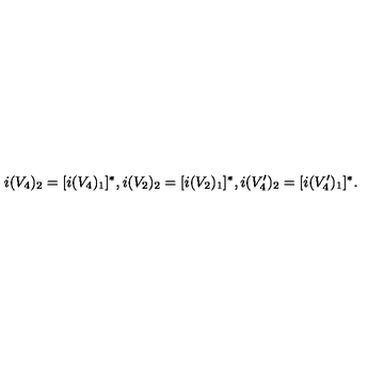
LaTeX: i ( V _ { 4 } ) _ { 2 } = [ i ( V _ { 4 } ) _ { 1 } ] ^ { * } , i ( V _ { 2 } ) _ { 2 } = [ i ( V _ { 2 } ) _ { 1 } ] ^ { * } , i ( V _ { 4 } ^ { \prime } ) _ { 2 } = [ i ( V _ { 4 } ^ { \prime } ) _ { 1 } ] ^ { * } .